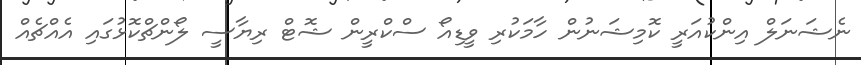
ނެޝަނަލް އިންކުއަރީ ކޮމިޝަނުން ހާމަކުރި ވީޑިއޯ ސްކްރީން ޝޮޓް ރިޔާސީ ލޯންޗްކޮޅުގައި އެއްޗެއް